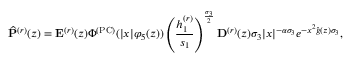
\widehat { \mathbf { P } } ^ { ( r ) } ( z ) = \mathbf { E } ^ { ( r ) } ( z ) \Phi ^ { ( \mathrm { P C } ) } ( | x | \varphi _ { 5 } ( z ) ) \left( \frac { h _ { 1 } ^ { ( r ) } } { s _ { 1 } } \right) ^ { \frac { \sigma _ { 3 } } { 2 } } \mathbf { D } ^ { ( r ) } ( z ) \sigma _ { 3 } | x | ^ { - \alpha \sigma _ { 3 } } e ^ { - x ^ { 2 } \widehat { g } ( z ) \sigma _ { 3 } } ,